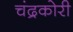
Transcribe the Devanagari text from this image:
चंद्रकोरी